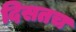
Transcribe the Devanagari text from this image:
दिसतच